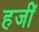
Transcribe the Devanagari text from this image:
हजीं